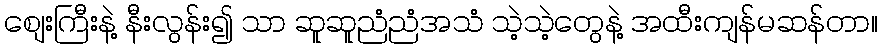
စျေးကြီးနဲ့ နီးလွန်း၍ သာ ဆူဆူညံညံအသံ သဲ့သဲ့တွေနဲ့ အထီးကျန်မဆန်တာ။